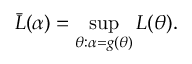
{ \bar { L } } ( \alpha ) = \operatorname* { s u p } _ { \theta : \alpha = g ( \theta ) } L ( \theta ) .